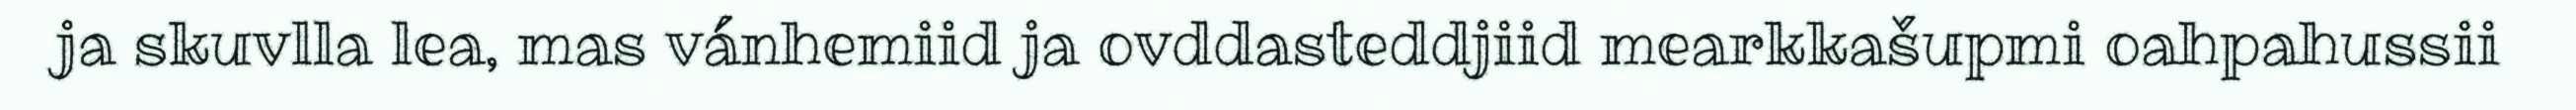
ja skuvlla lea, mas vánhemiid ja ovddasteddjiid mearkkašupmi oahpahussii